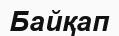
Байқап